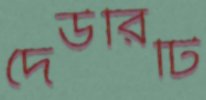
দেউরিটি